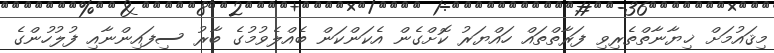
މިޤައުމަށް ޚިޔާނާތްތެރިވި ފަރާތްތައް ހައްޔަރު ކޮށްގެން އެކަންކަން ބެއްލެވުމުގެ ބާރު ސިފައިންނާއި ފުލުހުންގެ